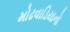
મોઢવાડિયાનો